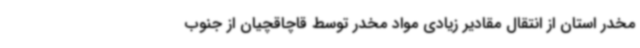
مخدر استان از انتقال مقادیر زیادی مواد مخدر توسط قاچاقچیان از جنوب